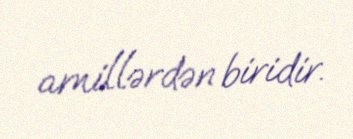
amillərdən biridir.